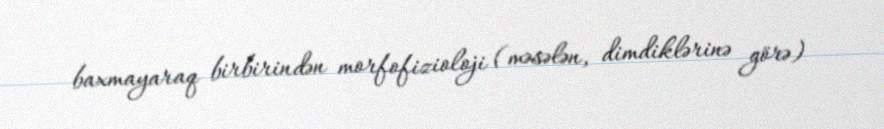
baxmayaraq birbirindən morfofizioloji (məsələn, dimdiklərinə görə)